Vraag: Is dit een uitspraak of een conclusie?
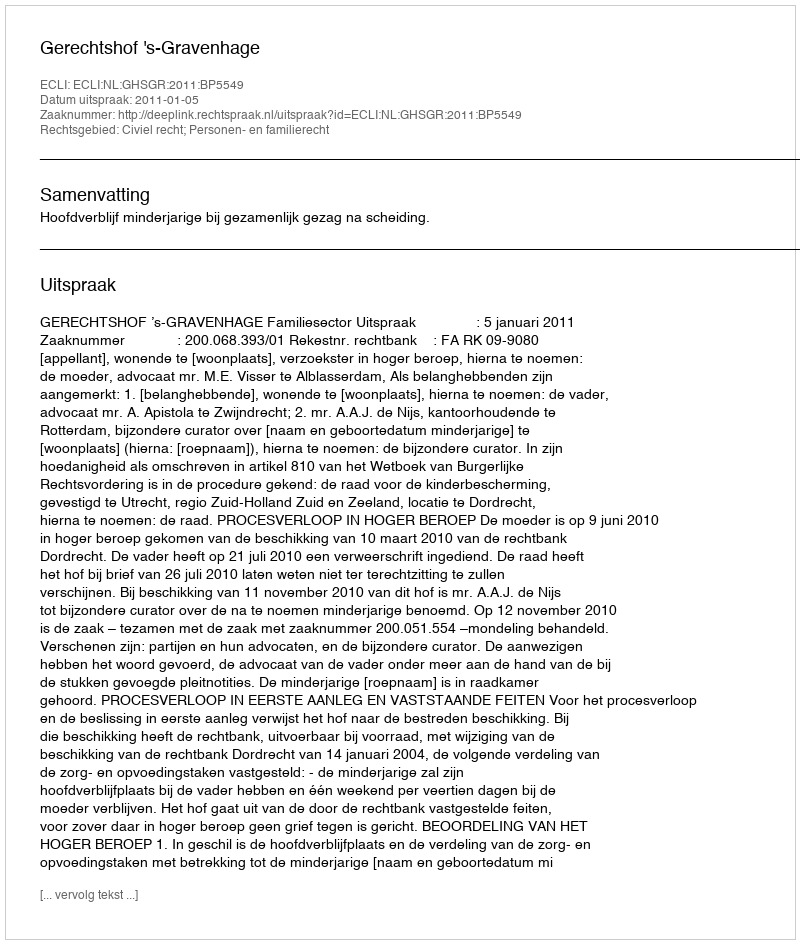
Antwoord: Uitspraak